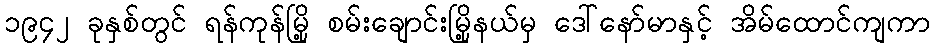
၁၉၄၂ ခုနှစ်တွင် ရန်ကုန်မြို့ စမ်းချောင်းမြို့နယ်မှ ဒေါ်နော်မာနှင့် အိမ်ထောင်ကျကာ